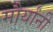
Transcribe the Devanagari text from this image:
मौर्यांनी